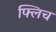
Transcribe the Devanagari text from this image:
फ्लिच